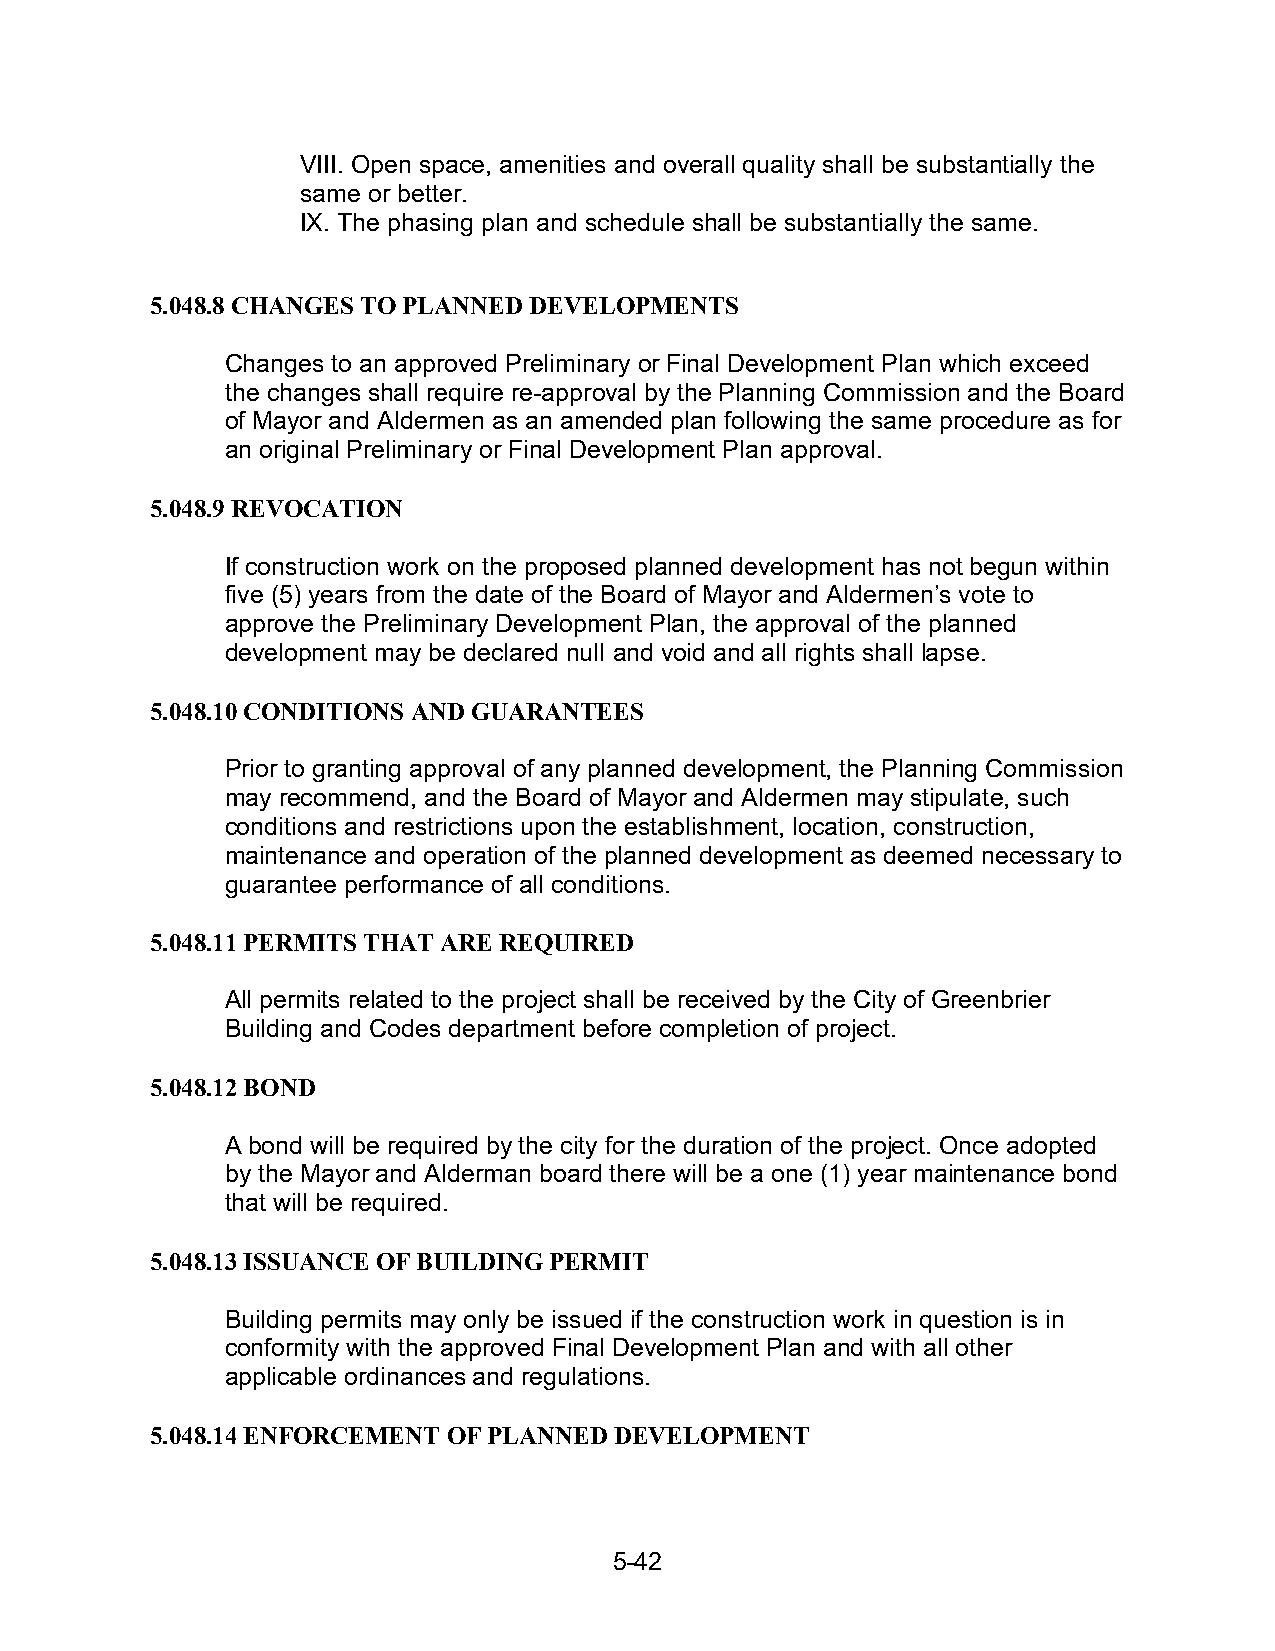
VIII. Open space, amenities and overall quality shall be substantially the
 same or better.
 IX. The phasing plan and schedule shall be substantially the same.
 5.048.8 CHANGES TO PLANNED DEVELOPMENTS
 Changes to an approved Preliminary or Final Development Plan which exceed
 the changes shall require re-approval by the Planning Commission and the Board
 of Mayor and Aldermen as an amended plan following the same procedure as for
 an original Preliminary or Final Development Plan approval.
 5.048.9 REVOCATION
 If construction work on the proposed planned development has not begun within
 five (5) years from the date of the Board of Mayor and Aldermen’s vote to
 approve the Preliminary Development Plan, the approval of the planned
 development may be declared null and void and all rights shall lapse.
 5.048.10 CONDITIONS AND GUARANTEES
 Prior to granting approval of any planned development, the Planning Commission
 may recommend, and the Board of Mayor and Aldermen may stipulate, such
 conditions and restrictions upon the establishment, location, construction,
 maintenance and operation of the planned development as deemed necessary to
 guarantee performance of all conditions.
 5.048.11 PERMITS THAT ARE REQUIRED
 All permits related to the project shall be received by the City of Greenbrier
 Building and Codes department before completion of project.
 5.048.12 BOND
 A bond will be required by the city for the duration of the project. Once adopted
 by the Mayor and Alderman board there will be a one (1) year maintenance bond
 that will be required.
 5.048.13 ISSUANCE OF BUILDING PERMIT
 Building permits may only be issued if the construction work in question is in
 conformity with the approved Final Development Plan and with all other
 applicable ordinances and regulations.
 5.048.14 ENFORCEMENT OF PLANNED DEVELOPMENT
 5-42